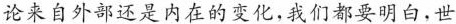
论来自外部还是内在的变化，我们都要明白，世